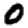
Digit: 0